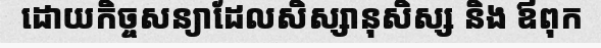
ដោយកិច្ចសន្យាដែលសិស្សានុសិស្ស និង ឪពុក